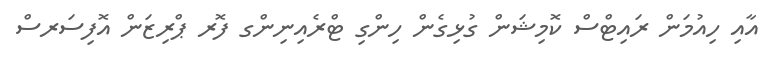
އާއި ހިއުމަން ރައިޓްސް ކޮމިޝަން ގުޅިގެން ހިންގި ޓްރެއިނިންގ ފޮރ ޕްރިޒަން އޮފިސަރސް